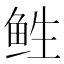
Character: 𱇡